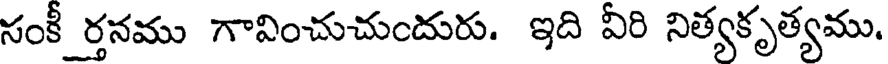
సంకీ ర్తనము గావించుచుందురు. ఇది వీరి నిత్యకృత్యము.